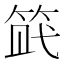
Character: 𥭿